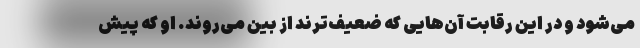
می‌شود و در این رقابت آن‌هایی که ضعیف‌ترند از بین می‌روند. او که پیش